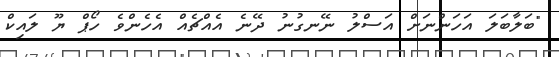
"ބަލާބަލަ އަހަންނަށް އަސްލު ނޭނގުނު ދޭނެ އެއްޗެއް އެހެންވެ ހޯޕް ޔޫ ލައިކް